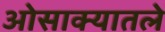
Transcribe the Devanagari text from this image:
ओसाक्यातले